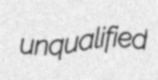
unqualified